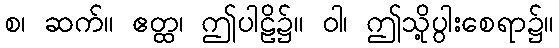
စ၊ ဆက်။ ဧတ္ထ၊ ဤပါဠိ၌။ ဝါ၊ ဤသို့ပွါးစေရာ၌။